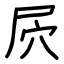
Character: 屄